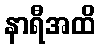
နာရီအထိ